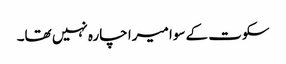
سکوت کے سوا میرا چارہ نہیں تھا۔